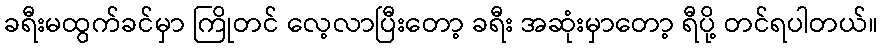
ခရီးမထွက်ခင်မှာ ကြိုတင် လေ့လာပြီးတော့ ခရီး အဆုံးမှာတော့ ရီပို့ တင်ရပါတယ်။